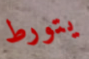
يتورط